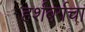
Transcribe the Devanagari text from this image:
हर्शबर्गचा